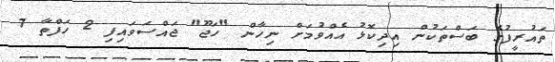
ތައުރީފުގެ ބަސްތަކުން އިދިކޮޅު އެއްވުމަށް ނިހާން "ހަޖޫ" ޖައްސަވައިފި 2 ހަފްތާ 7